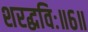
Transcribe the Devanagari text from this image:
शरद्धविः॥६॥